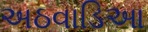
અઠવાડિઆ